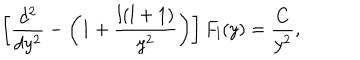
LaTeX: \left[ { \frac { d ^ { 2 } } { d y ^ { 2 } } } - \left( 1 + { \frac { l ( l + 1 ) } { y ^ { 2 } } } \right) \right] F _ { l } ( y ) = { \frac { C } { y ^ { 2 } } } ,